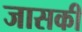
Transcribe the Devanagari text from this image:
जासकी